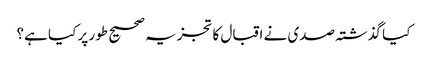
کیا گذشتہ صدی نے اقبال کا تجزیہ صحیح طور پر کیا ہے؟